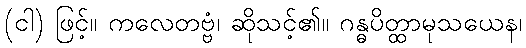
(ငါ) ဖြင့်။ ကလေတဗ္ဗံ၊ ဆိုသင့်၏။ ဂန္ဓပိတ္ထာမုသယေန၊